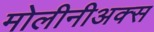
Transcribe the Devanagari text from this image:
मोलीनीअक्स